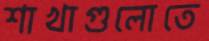
শাখাগুলোতে